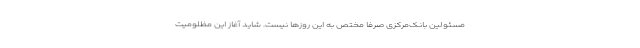
مسئولین بانک‌مرکزی صرفا مختص به این روزها نیست. شاید آغاز این مظلومیت